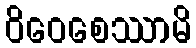
ဝိဝေစေဿာမိ